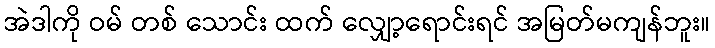
အဲဒါကို ဝမ် တစ် သောင်း ထက် လျှော့ရောင်းရင် အမြတ်မကျန်ဘူး။